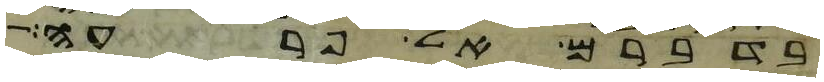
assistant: בדברם אל פרעה